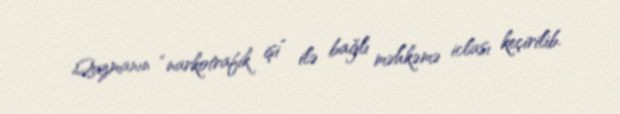
Quzmanın “narkotrafik işi” ilə bağlı məhkəmə iclası keçirilib.